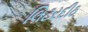
લિટરદીઠ